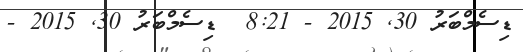
ޑިސެމްބަރު 30